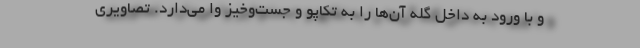
و با ورود به داخل گله آن‌ها را به تکاپو و جست‌وخیز وا می‌دارد. تصاویری